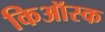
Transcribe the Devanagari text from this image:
किऑस्क